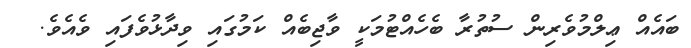
ބައެއް ޢިލްމުވެރިން ސުތުރާ ބެހެއްޓުމަކީ ވާޖިބެއް ކަމުގައި ވިދާޅުވެފައި ވެއެވެ.